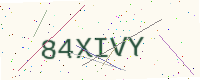
Text: 84XIVY